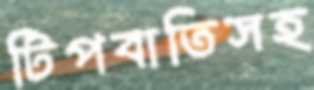
টিপবাতিসহ